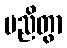
မညိတွာ